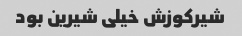
شیرکوزش خیلی شیرین بود